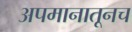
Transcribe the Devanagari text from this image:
अपमानातूनच